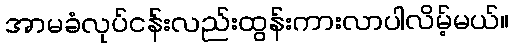
အာမခံလုပ်ငန်းလည်းထွန်းကားလာပါလိမ့်မယ်။